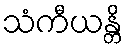
သံကီယန္တိ